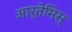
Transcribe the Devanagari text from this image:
आर्तेमिस्‌